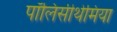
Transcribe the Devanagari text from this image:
पॉलिसीथेमिया